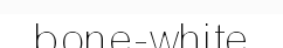
bone-white